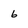
Character: 6